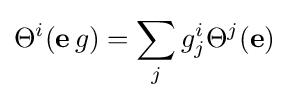
\Theta ^{i}(\mathbf {e} \,g)=\sum _{j}g_{j}^{i}\Theta ^{j}(\mathbf {e} )